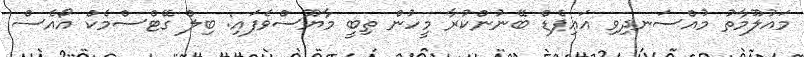
މައުލޫމާތު މުއްސަނދިވި އައިޕެޑް ބޭނުންކުރާ މީހުން ތިބީ މާޔޫސްވެފައި: ބިލް ގޭޓްސްމެކް އޯއެސް